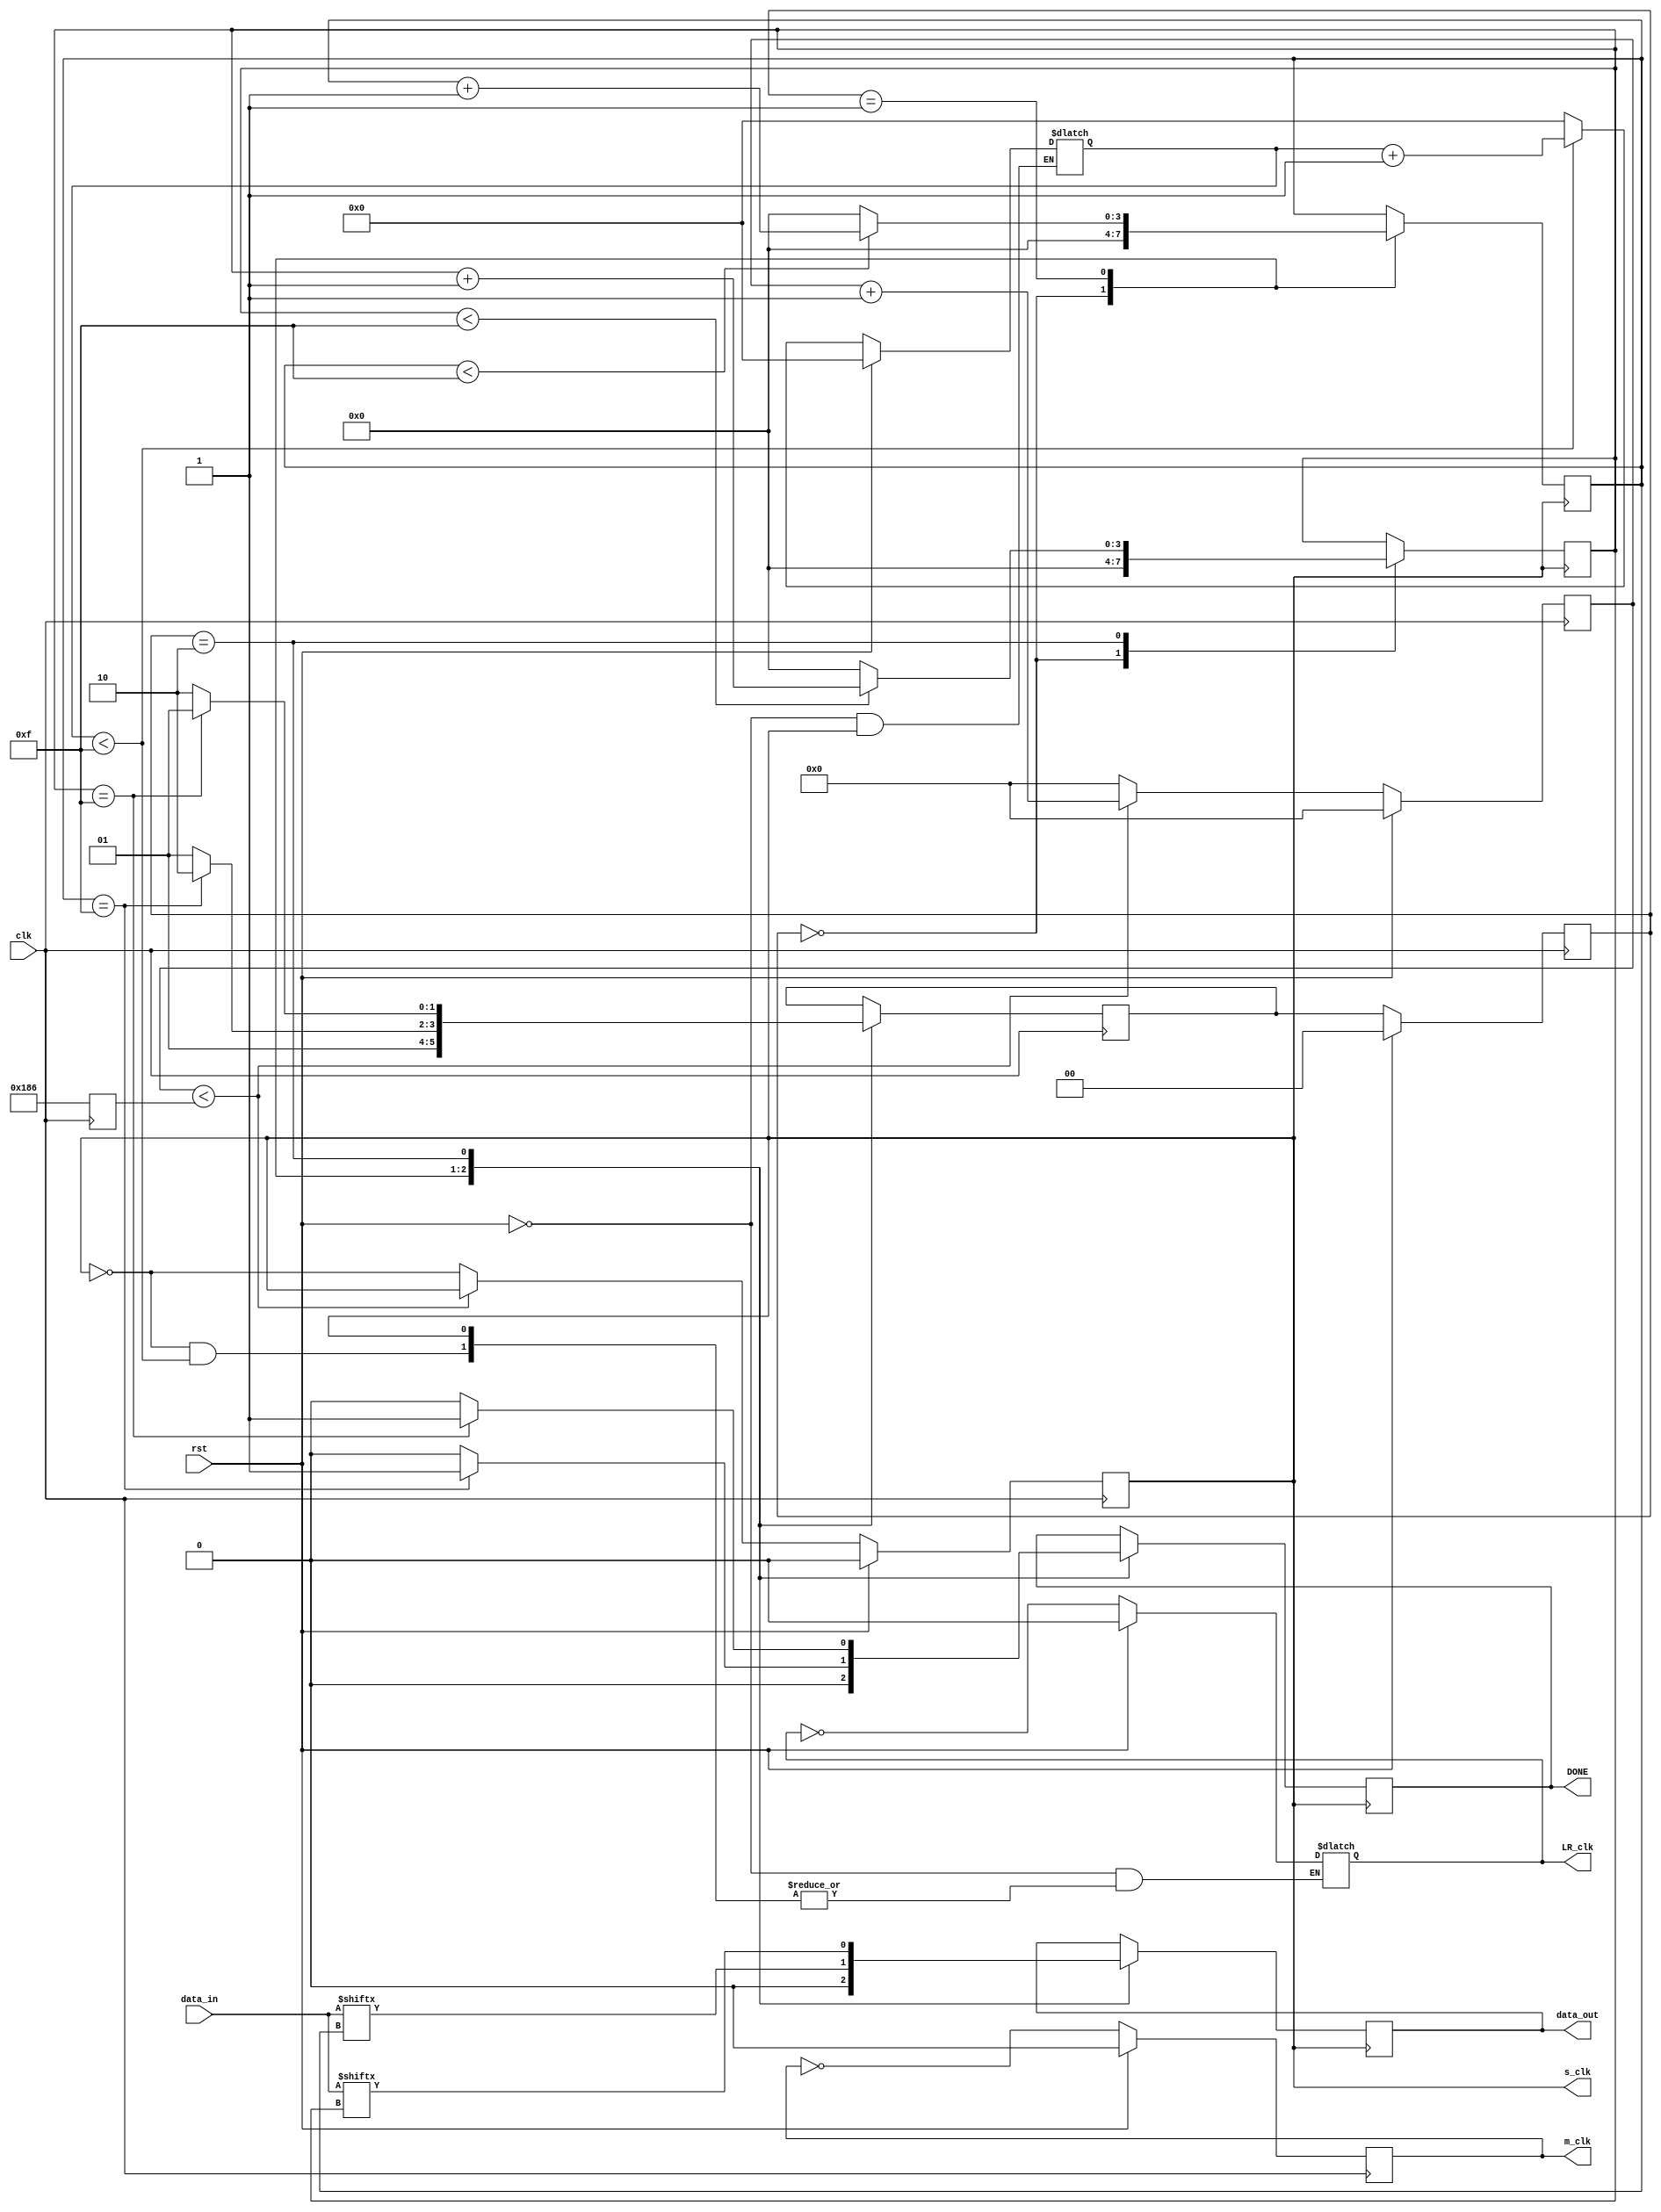
`timescale 1ns / 1ps
//////////////////////////////////////////////////////////////////////////////////
// Company: 
// Engineer: 
// 
// Design Name: 
// Module Name:    I2S_master 
// Project Name: 
// Target Devices: 
// Tool versions: 
// Description: 
//
// Dependencies: 
//
// Revision: 
// Revision 0.01 - File Created
// Additional Comments: 
//
//	Currently set for 16 bit input values
// 	with one sample per channel 
// 	and sampling at 8KHz
//
//	Serial clock (s_clk) is derived from Master Clock (m_clk)
//		and Left/Right channel clock (LR_clk) is dependent on s_clk
//
//////////////////////////////////////////////////////////////////////////////////
module I2S_master #(parameter Fs       = 8000,			// The sampling frequency 
						  parameter DIN_W    = 16,				// Data input width
						  parameter FPGA_CLK = 100000000,	// FPGA clock used to clock the hardware
						  parameter LR_SAM   = 1)				// samples per channel
  (input      clk, 
	input		  rst,
	input      [(DIN_W-1):0] data_in,	// Data buffer that will get shifted out	  
	output reg m_clk, 						// master clock (only used as "chip select")
	output reg LR_clk, 						// Clock to choose current channel
	output reg s_clk,							// Clock that data is shifted in on
	output reg DONE,							// buffer is ready for the next input
	output reg data_out);					// the current output bit

//	$clog2(INTEGER) ceiling's the log2 of an integer
	reg [$clog2(DIN_W * LR_SAM):0] LR_count;						// s_clk's in 1/2 LR_clk
	reg [$clog2((FPGA_CLK*LR_SAM)/(2*Fs*DIN_W)):0] s_count;
	reg [$clog2((FPGA_CLK*LR_SAM)/(2*Fs*DIN_W)):0] s_max;
	reg [$clog2(DIN_W)-1:0] shift_count_0;
	reg [$clog2(DIN_W)-1:0] shift_count_1;
	
	
// state machine registers
	reg [1:0] NS, PS;
	
	
// state machine parameters
	parameter IDLE   = 2'b00,
				 CHAN_0 = 2'b01,
				 CHAN_1 = 2'b10;
	
	
always @ (posedge clk) begin
		s_max <= (FPGA_CLK*LR_SAM)/(2*Fs*DIN_W); // variable for debugging
	end
	
//-------------------------------------------------
//-------------------------------------------------
// STATE MACHINE
//-------------------------------------------------
//-------------------------------------------------
//----------------------------------------------
// Bit Shifter Next state
//		Data is shifted out LSB to MSB
//----------------------------------------------
always @ (posedge clk) begin
	if (rst) PS <= IDLE;
	else PS <= NS;
end

//----------------------------------------------
// Bit Shifter State Change
//		Data is shifted out LSB to MSB
//----------------------------------------------
always @ (posedge clk) begin
	case (PS) 
		IDLE:   begin
			NS <= CHAN_0;
		end
		CHAN_0:  begin
			NS <= (shift_count_0 == 15) ? CHAN_1 : CHAN_0;
		end
		CHAN_1: begin
			NS <= (shift_count_1 == 15) ? CHAN_0 : CHAN_1;
		end
	endcase
end


//----------------------------------------------
// Bit Shifter State Machine
//----------------------------------------------
always @ (negedge s_clk) begin
	case (PS) 
		IDLE:   begin
			DONE <= 0;
			shift_count_0 <= 0;
			shift_count_1 <= 0;
			data_out <= 0;
		end
		CHAN_0:  begin
				// shift out the data
			if (shift_count_0 < DIN_W-1) begin
				shift_count_0 <= shift_count_0 + 1;
				data_out <= data_in[shift_count_0];
			end
			else begin
				shift_count_0 <= 0;
				data_out <= data_in[shift_count_0];
			end
			
			if (shift_count_0 == 15) DONE <= 1;
			else DONE <= 0;
		end
		
		CHAN_1: begin
			// shift out the data
			if (shift_count_1 < DIN_W-1) begin
				shift_count_1 <= shift_count_1 + 1;
				data_out <= data_in[shift_count_1];
			end
			else begin
				shift_count_1 <= 0;
				data_out <= data_in[shift_count_1];
			end
			
			if (shift_count_1 == 15) DONE <= 1;
			else DONE <= 0;
		end
	endcase
end


//---------------------------------------------------
//---------------------------------------------------
// CLOCK SECTION	
//---------------------------------------------------
//---------------------------------------------------

//----------------------------------------------
// Master Clock:
//		is always 50MHz
//		m_clk is only used to wake CS4344
//		Chip and put into WAIT state (I think)
//----------------------------------------------
	always @ (posedge clk) begin
		if (rst) m_clk <= 0;
		else m_clk <= ~m_clk;
	end	
	
	
//----------------------------------------------	
// Left/Right Channel Clock:
//		is dependent on Sampling Frequency 
//		(Fs) and samples per channel
//----------------------------------------------
	always @ (s_clk) begin
		if (rst) begin
			LR_count <= 0;
			LR_clk <= 0;
		end
		else if (s_clk == 0) begin      
		//	uses s_clk to count data width and samples 
		//		for each channel						
			if (LR_count < (DIN_W-1) * LR_SAM) begin
				LR_count <= LR_count + 1;
			end
			else begin
				LR_count <= 0;
				LR_clk <= ~LR_clk;
			end
		end
		else
			begin
			LR_count <= LR_count;
			LR_clk <= LR_clk;
			end
	end
	

//------------------------------------------------
// Serial Clock:
//		is dependent on FPGA clock, data width,
//	   sampling rate, and samples per channel
//------------------------------------------------
	always @ (posedge clk) begin
		if (rst) begin
			s_count <= 0;
			s_clk <= 0;
		end
		else begin // made out of master clocks
			if (s_count < s_max) begin
				s_count <= s_count + 1;
			end
			else begin
				s_count <= 0;
				s_clk <= ~s_clk;
			end
		end
	end
endmodule